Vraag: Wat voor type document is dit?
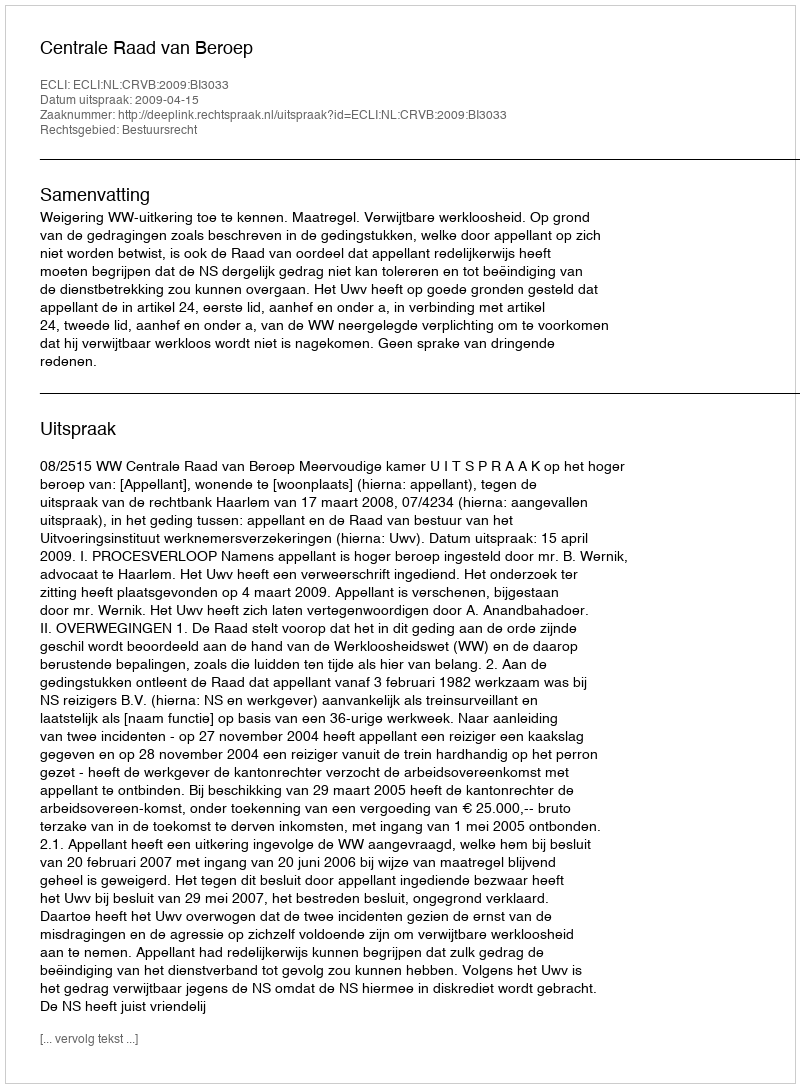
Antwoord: Uitspraak